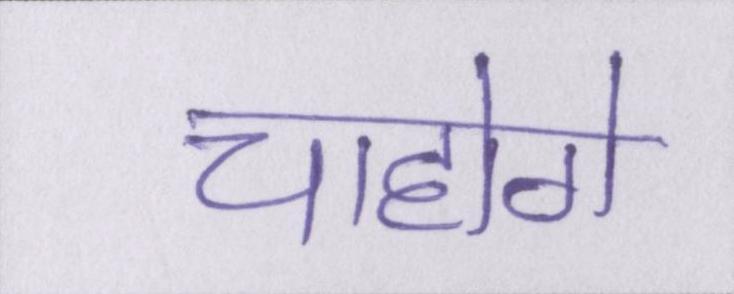
चाहोगे